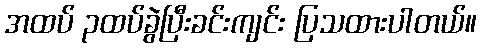
အထပ် ၃ထပ်ခွဲပြီးခင်းကျင်း ပြသထားပါတယ်။